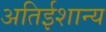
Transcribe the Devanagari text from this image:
अतिईशान्य